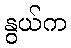
နွယ်က